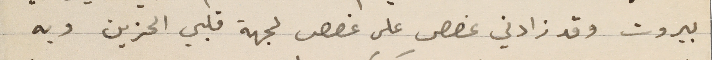
بيروت وقد زادني غصص على غصص لجهة قلبي الحزين وبه